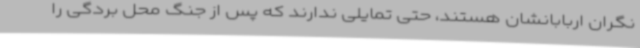
نگران اربابانشان هستند، حتی تمایلی ندارند که پس از جنگ محل بردگی را